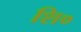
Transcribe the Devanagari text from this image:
शि०